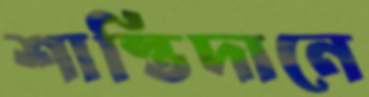
শাস্তিদানে